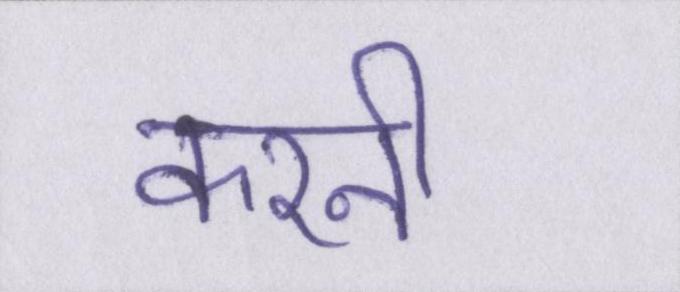
करनी